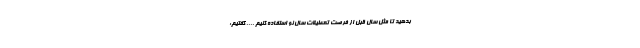
بدهید تا مثل سال قبل از فرصت تعطیلات سال نو استفاده کنیم .... گفتیم: